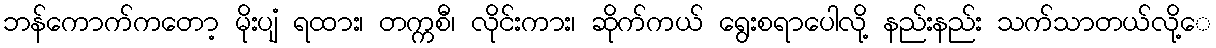
ဘန်ကောက်ကတော့ မိုးပျံ ရထား၊ တက္ကစီ၊ လိုင်းကား၊ ဆိုက်ကယ် ရွေးစရာပေါလို့ နည်းနည်း သက်သာတယ်လို့ေ